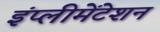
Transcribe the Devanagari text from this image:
इंप्लीमेंटेशन